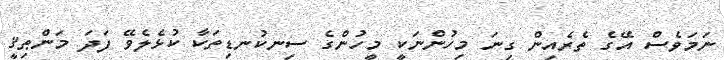
ނަމަވެސް އޭގެ ތެރެއިން ގިނަ މިހުންނަކީ މީހުންގެ ސިނކުނޑިތަކާ ކުޅެލެވޭ ފަދަ މަންޠިޤީ